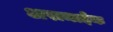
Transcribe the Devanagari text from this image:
अरामाईक